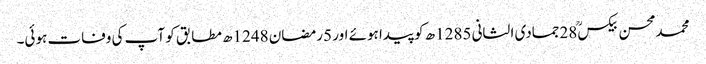
محمدمحسن بیکسؒ 28جمادی الثانی 1285ھ کو پیدا ہوئے اور 5رمضان 1248ھ مطابق کو آپ کی وفات ہوئی۔